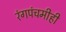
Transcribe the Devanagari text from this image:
रंगपंचमीही